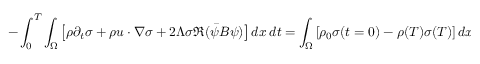
- \int _ { 0 } ^ { T } \int _ { \Omega } \left[ \rho \partial _ { t } \sigma + \rho u \cdot \nabla \sigma + 2 \Lambda \sigma \Re ( \Bar { \psi } B \psi ) \right] d x \ d t = \int _ { \Omega } \left[ \rho _ { 0 } \sigma ( t = 0 ) - \rho ( T ) \sigma ( T ) \right] d x